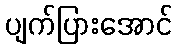
ပျက်ပြားအောင်